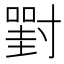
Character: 𡭈